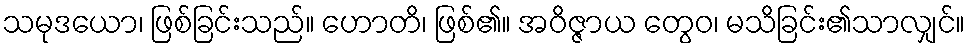
သမုဒယော၊ ဖြစ်ခြင်းသည်။ ဟောတိ၊ ဖြစ်၏။ အဝိဇ္ဇာယ တွေဝ၊ မသိခြင်း၏သာလျှင်။